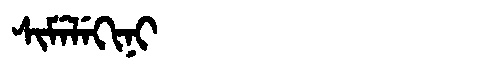
Manchu: ᠰᡳᠮᡝᠯᡝᡴᡳᠨᡳ
Romanization: SIMELEKINI